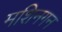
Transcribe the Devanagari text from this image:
मशिनगन